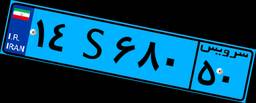
۴۱S۱۰۴۱۲